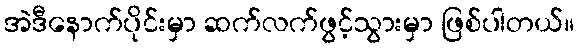
အဲဒီနောက်ပိုင်းမှာ ဆက်လက်ဖွင့်သွားမှာ ဖြစ်ပါတယ်။